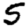
Digit: 5